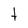
Character: t